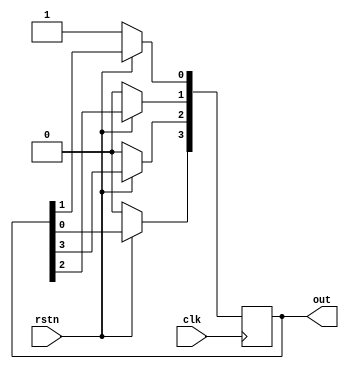
module ring_counter (input clk,input rstn, output reg [3:0] out );      
  integer i;
  always @ (posedge clk) begin  
      if (!rstn)  
         out <= 1;  
      else begin  
        out[3] <= out[0];  
        for ( i = 0; i < 3; i=i+1) begin  
          out[i] <= out[i+1];  
        end  
      end  
  end  
endmodule